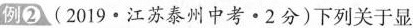
例②(2019 · 江苏泰州中考 · 2分)下列关于显